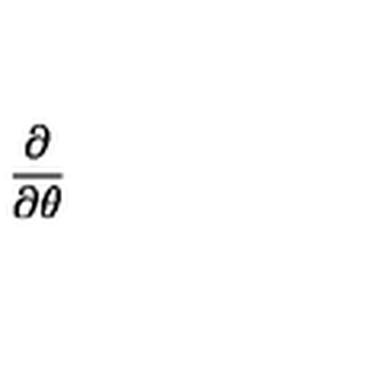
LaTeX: \frac { \partial } { \partial \theta } \protect \protect